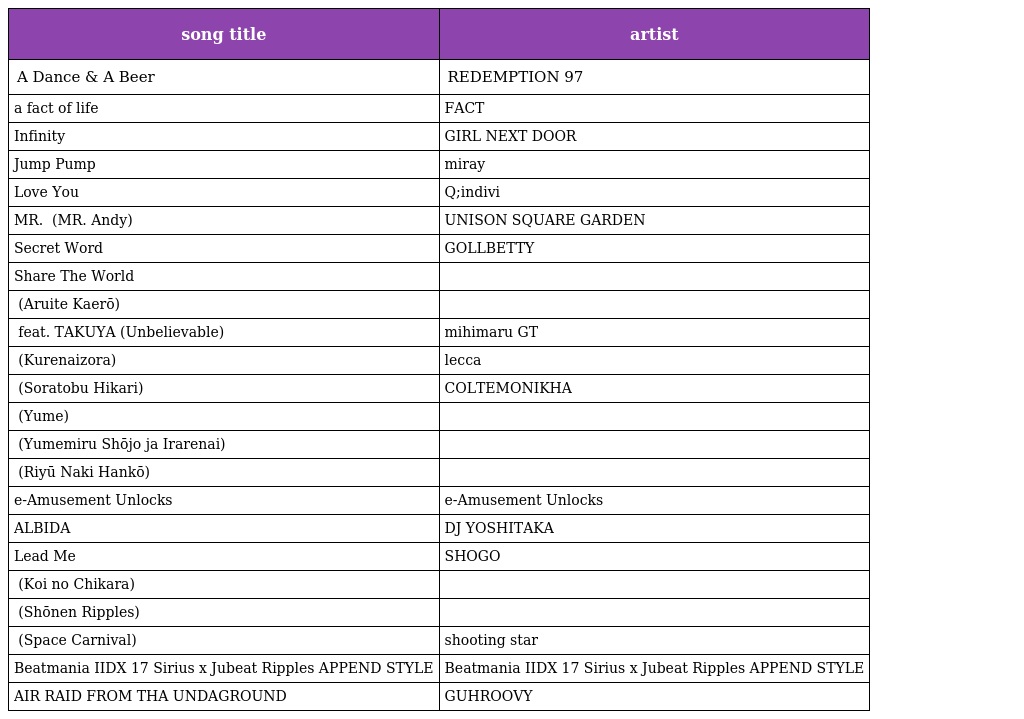
| song title | artist |
 | --- | --- |
 | A Dance & A Beer | REDEMPTION 97 |
 | a fact of life | FACT |
 | Infinity | GIRL NEXT DOOR |
 | Jump Pump | miray |
 | Love You | Q;indivi |
 | MR. アンディ (MR. Andy) | UNISON SQUARE GARDEN |
 | Secret Word | GOLLBETTY |
 | Share The World | 東方神起 |
 | 歩いて帰ろう (Aruite Kaerō) | 斉藤和義 |
 | アンビリーバボー feat. TAKUYA (Unbelievable) | mihimaru GT |
 | 紅空 (Kurenaizora) | lecca |
 | そらとぶひかり (Soratobu Hikari) | COLTEMONIKHA |
 | 夢 (Yume) | 鴉 |
 | 夢見る少女じゃいられない (Yumemiru Shōjo ja Irarenai) | 相川七瀬 |
 | 理由なき反抗 (Riyū Naki Hankō) | おとぎ話 |
 | e-Amusement Unlocks | e-Amusement Unlocks |
 | ALBIDA | DJ YOSHITAKA |
 | Lead Me | SHOGO |
 | コイノチカラ (Koi no Chikara) | 石阪久美子 |
 | 少年リップルズ (Shōnen Ripples) | 常盤ゆう |
 | スペースカーニバル (Space Carnival) | shooting star |
 | Beatmania IIDX 17 Sirius x Jubeat Ripples APPEND STYLE | Beatmania IIDX 17 Sirius x Jubeat Ripples APPEND STYLE |
 | AIR RAID FROM THA UNDAGROUND | GUHROOVY |